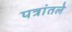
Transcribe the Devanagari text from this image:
पत्रांतले